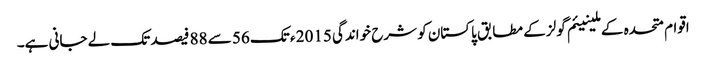
اقوام متحدہ کے ملینیئم گولز کے مطابق پاکستان کو شرح خواندگی 2015 ء تک 56 سے 88 فیصد تک لے جانی ہے۔